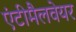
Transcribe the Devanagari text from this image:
एंटीमैलवेयर